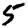
Digit: 5